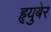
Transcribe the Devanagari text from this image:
हृयुबेर